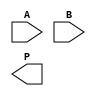
module WallaceTreeMultiplier #(parameter N = 4) (
    input [N-1:0] A,
    input [N-1:0] B,
    output reg [2*N-1:0] P
);

    // Partial product generation
    wire [N-1:0] pp [N-1:0]; // Partial products
    genvar i, j;
    generate
        for (i = 0; i < N; i = i + 1) begin : pp_gen
            for (j = 0; j < N; j = j + 1) begin : pp_bit
                assign pp[i][j] = A[i] & B[j];
            end
        end
    endgenerate

    // Wallace tree reduction
    wire [N-1:0] sum [N-1:0]; // Sums at each stage
    wire [N-1:0] carry [N-1:0]; // Carries at each stage

    // Stage 1: Combine partial products using half and full adders
    generate
        for (i = 0; i < N; i = i + 1) begin : stage1
            if (i == 0) begin
                assign sum[i][0] = pp[i][0];
                assign carry[i][0] = 1'b0;
            end else begin
                assign {carry[i][0], sum[i][0]} = pp[i][0] + pp[i-1][1] + carry[i-1][0];
            end
            for (j = 1; j < N; j = j + 1) begin : stage1_inner
                if (j < i + 1) begin
                    assign {carry[i][j], sum[i][j]} = pp[i][j] + pp[i-1][j+1] + carry[i-1][j];
                end else begin
                    assign sum[i][j] = pp[i][j];
                    assign carry[i][j] = 1'b0;
                end
            end
        end
    endgenerate

    // Final addition stage
    wire [2*N-1:0] final_sum;
    wire [2*N-1:0] final_carry;

    assign final_sum[0] = sum[N-1][0];
    assign final_carry[0] = 1'b0;

    generate
        for (i = 1; i < 2*N; i = i + 1) begin : final_addition
            assign {final_carry[i], final_sum[i]} = sum[N-1][i] + final_sum[i-1] + final_carry[i-1];
        end
    endgenerate

    // Assign final product
    always @(*) begin
        P = final_sum + final_carry; // Final product
    end

endmodule